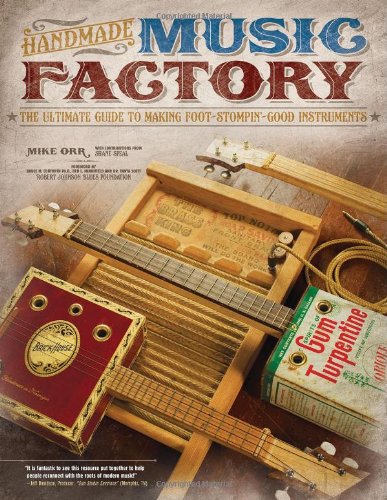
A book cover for Handmade Music Factory: The Ultimate Guide to Making Foot-Stompin Good Instruments; Mike Orr; Reference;